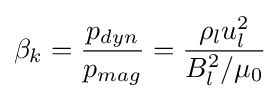
\beta _{k}={\frac {p_{dyn}}{p_{mag}}}={\frac {\rho _{l}u_{l}^{2}}{B_{l}^{2}/\mu _{0}}}